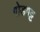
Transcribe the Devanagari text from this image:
गोडगट्ट